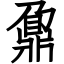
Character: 鼐